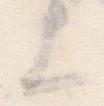
上